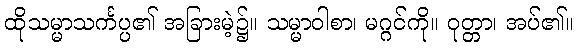
ထိုသမ္မာသင်္ကပ္ပ၏ အခြားမဲ့၌။ သမ္မာဝါစာ၊ မဂ္ဂင်ကို။ ဝုတ္တာ၊ အပ်၏။